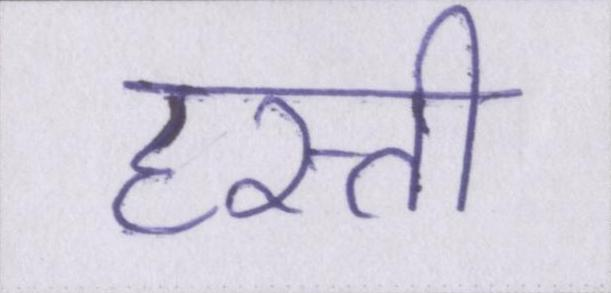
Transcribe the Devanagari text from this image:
हस्ती